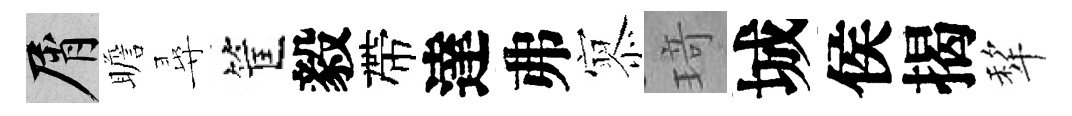
屑瞻尋筐毅帶達弗𡪹𤦺城侯揭犂